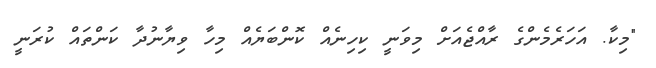
"މިކާ. އަހަރެމެންގެ ރާއްޖެއަށް މިވަނީ ކިހިނެއް ކޮންބަޔެއް މިހާ ވިޔާނުދާ ކަންތައް ކުރަނީ